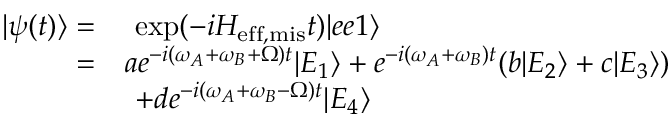
\begin{array} { r l } { | \psi ( t ) \rangle = } & { ~ \mathrm { e x p } ( - i H _ { \mathrm { e f f , m i s } } t ) | e e 1 \rangle } \\ { = } & { a e ^ { - i ( \omega _ { A } + \omega _ { B } + \Omega ) t } | E _ { 1 } \rangle + e ^ { - i ( \omega _ { A } + \omega _ { B } ) t } ( b | E _ { 2 } \rangle + c | E _ { 3 } \rangle ) } \\ & { ~ + d e ^ { - i ( \omega _ { A } + \omega _ { B } - \Omega ) t } | E _ { 4 } \rangle } \end{array}